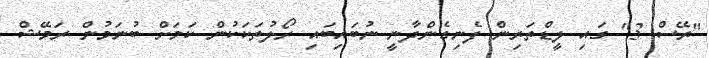
"ރޭސް 3" ގައި ލީޑްތަރިން ފެނިގެންދާނީ ނުބައިބައި ރޯލުތަކަކުން ކަމަށް ބުނަމުން ރަމޭޝް